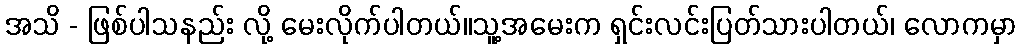
အသိ - ဖြစ်ပါသနည်း လို့ မေးလိုက်ပါတယ်။သူ့အမေးက ရှင်းလင်းပြတ်သားပါတယ်၊ လောကမှာ